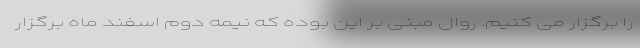
را برگزار می کنیم. روال مبنی بر این بوده که نیمه دوم اسفند ماه برگزار